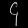
Digit: ၄